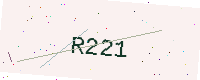
Text: R221